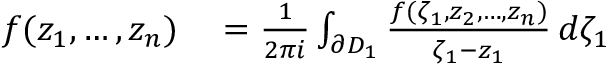
\begin{array} { r l } { f ( z _ { 1 } , \ldots , z _ { n } ) } & { { } = { \frac { 1 } { 2 \pi i } } \int _ { \partial D _ { 1 } } { \frac { f ( \zeta _ { 1 } , z _ { 2 } , \ldots , z _ { n } ) } { \zeta _ { 1 } - z _ { 1 } } } \, d \zeta _ { 1 } } \end{array}